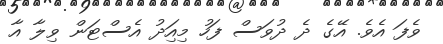
ވެފަ އެވެ. އޭގެ ދެ ދުވަސް ފަހު މިއިަދު އެސްޓަން ވިލާ އާ